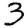
Digit: 3